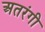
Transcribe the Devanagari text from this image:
अतरंगी